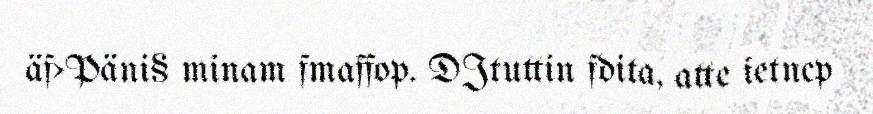
äf>Päni§ minam fmaffop. DJtuttin fdita, atte ietncp